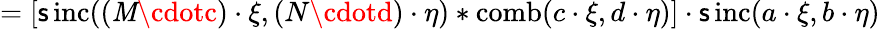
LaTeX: =[\operatorname{\mathsf{s}inc}((\mathit{M}\cdotc)\cdot\xi,(N\cdotd)\cdot\eta)*\operatorname{comb}(c\cdot\xi,d\cdot\eta)]\cdot\operatorname{\mathsf{s}inc}(a\cdot\xi,b\cdot\eta)